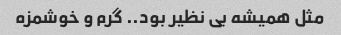
مثل همیشه بی نظیر بود.. گرم و خوشمزه